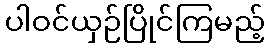
ပါဝင်ယှဉ်ပြိုင်ကြမည့်